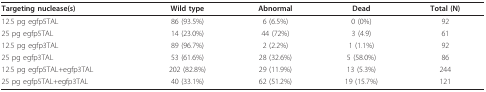
| Targeting nuclease(s) | Wild type | Abnormal | Dead | Total (N) |
 | --- | --- | --- | --- | --- |
 | 12.5 pg egfp5TAL | 86 (93.5%) | 6 (6.5%) | 0 (0%) | 92 |
 | 25 pg egfp5TAL | 14 (23.0%) | 44 (72%) | 3 (4.9) | 61 |
 | 12.5 pg egfp3TAL | 89 (96.7%) | 2 (2.2%) | 1 (1.1%) | 92 |
 | 25 pg egfp3TAL | 53 (61.6%) | 28 (32.6%) | 5 (58.0%) | 86 |
 | 12.5 pg egfp5TAL+egfp3TAL | 202 (82.8%) | 29 (11.9%) | 13 (5.3%) | 244 |
 | 25 pg egfp5TAL+egfp3TAL | 40 (33.1%) | 62 (51.2%) | 19 (15.7%) | 121 |